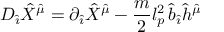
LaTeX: { \cal D } _ { \hat { \imath } } { \hat { X } } ^ { \hat { \mu } } = \partial _ { \hat { \imath } } { \hat { X } } ^ { \hat { \mu } } - \frac { m } { 2 } l _ { p } ^ { 2 } \, { \hat { b } } _ { \hat { \imath } } { \hat { h } } ^ { \hat { \mu } }